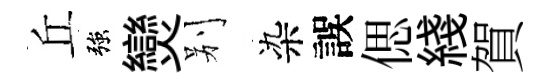
丘強𤓖别染誤偲綫賀